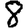
Digit: 8